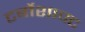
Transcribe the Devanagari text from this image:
टर्बोशाफ्ट